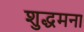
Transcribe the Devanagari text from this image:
शुद्धमना